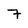
Character: 7